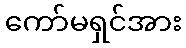
ကော်မရှင်အား